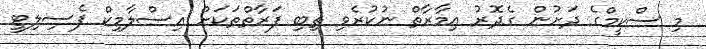
މި ސްކީމްގެ ދަށުން ގެދޮރު އިމާރާތް ނުކުރެވި ތިބި ފަރާތްތަކަށް އިސްލާމިކް ފެސިލިޓީ